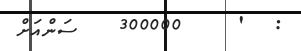
:  '    300000   ސަންއަށް